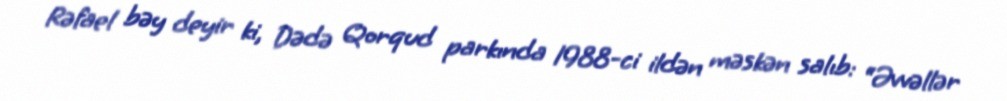
Rəfael bəy deyir ki, Dədə Qorqud parkında 1988-ci ildən məskən salıb: “Əvvəllər